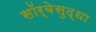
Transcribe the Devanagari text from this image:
सॉर्बेसुद्धा